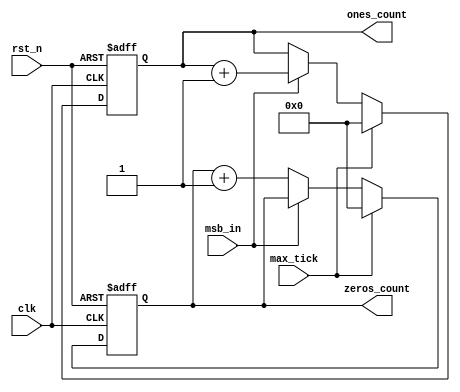
module counter(
        input clk, rst_n, max_tick, msb_in,
        output reg [12:0] ones_count, // Adjusted to 13 bits for the 13-bit LFSR
        output reg [12:0] zeros_count ); // Adjusted to 13 bits for the 13-bit LFSR
    always @(posedge clk or negedge rst_n) begin
        if (!rst_n) begin
            // Reset the counters when the reset signal is asserted
            ones_count <= 13'b0;
            zeros_count <= 13'b0;
        end else if (max_tick) begin
            // Reset the counters when the LFSR completes a full cycle
            ones_count <= 13'b0;
            zeros_count <= 13'b0;
        end else begin
            // Increment the appropriate counter based on the MSB input
            if (msb_in)
                ones_count <= ones_count + 1;
            else
                zeros_count <= zeros_count + 1;
        end
    end
endmodule